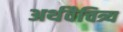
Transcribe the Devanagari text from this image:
अर्थवैचित्र्य